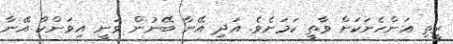
ރީތި އަންހެނަކަށް ވާތީ ކަމަށެވެ. އަދި އޭނާ ބޭނުން ވަނީ އިވަންކާ އޭނާ